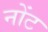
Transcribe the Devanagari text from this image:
नोंट